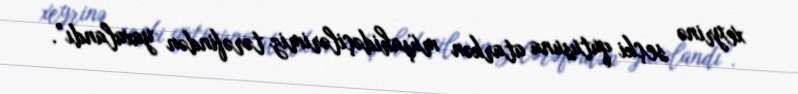
xeyrinə seçki qutusuna atarkən müşahidəçilərimiz tərəfindən yaxalandı”.